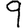
Digit: 9